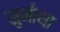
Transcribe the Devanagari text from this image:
सुनीथा